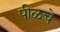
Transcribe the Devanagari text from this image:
पीळचे